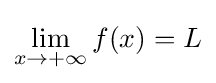
\lim _{x\to +\infty }{f(x)}=L